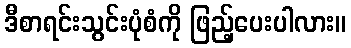
ဒီစာရင်းသွင်းပုံစံကို ဖြည့်ပေးပါလား။